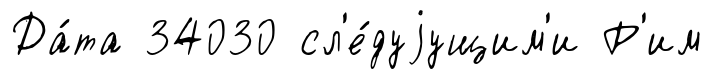
Да́та 34030 сл'е́дуjущим'и Р'им